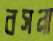
বসনা